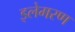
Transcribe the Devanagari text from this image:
इलेमरण